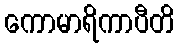
ကောမာရိကာပီတိ